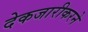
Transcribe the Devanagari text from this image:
देकजारीकरने